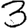
Digit: 3